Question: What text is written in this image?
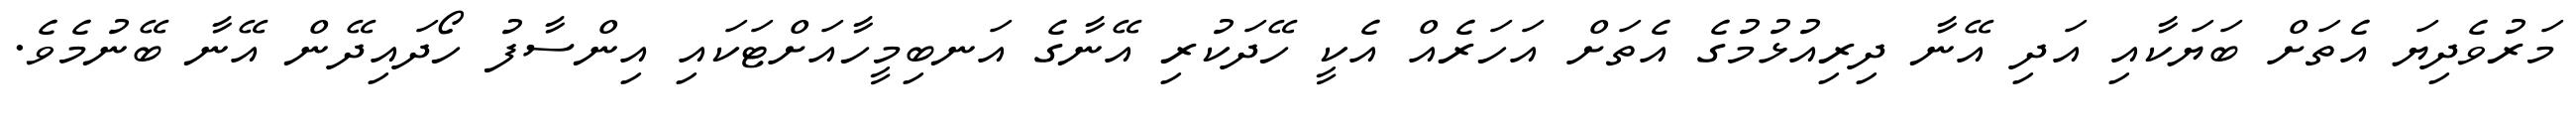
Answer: މަރުވެދިޔަ އެތަށް ބަޔަކާއި އަދި އޭނާ ދިރިއުޅުމުގެ އެތަށް އަހަރެއް އެކީ ހޭދަކުރި އޭނާގެ އަނބިމީހާއަށްޓަކައި އިންސާފު ހޯދައިދޭން އޭނާ ބޭނުމެވެ.